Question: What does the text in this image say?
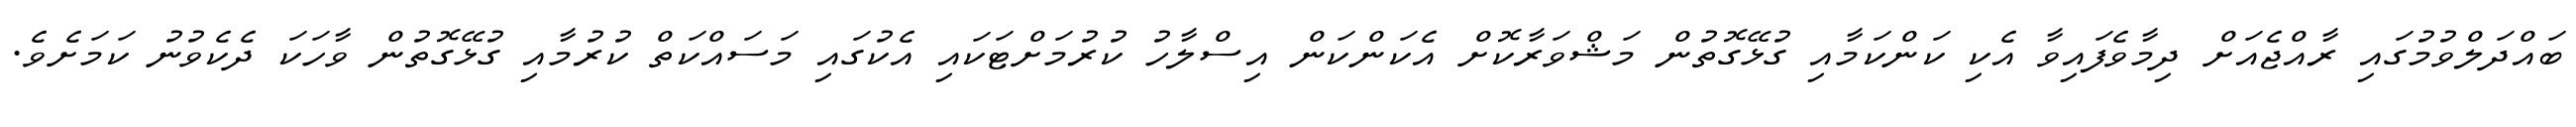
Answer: ބައްދަލްވުމުގައި ރާއްޖެއަށް ދިމާވެފައިވާ އެކި ކަންކަމާއި ގުޅޭގޮތުން މަޝްވަރާކޮށް އެކަންކަން އިސްލާހު ކުރުމަށްޓަކައި އެކުގައި މަސައްކަތް ކުރުމާއި ގުޅޭގޮތުން ވާހަކަ ދެކެވުނު ކަމަށެވެ.